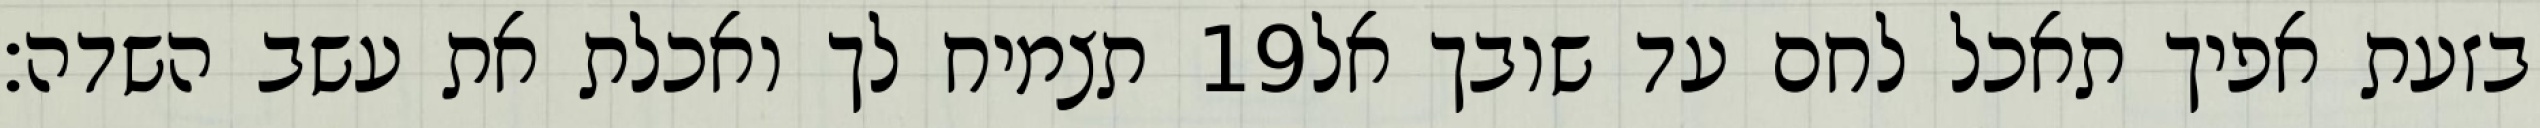
תצמיח לך ואכלת את עשב השדה׃ ‎19‏ בזעת אפיך תאכל לחם עד שובך אל